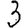
Digit: 3